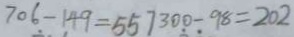
7 0 6 - 1 4 9 = 5 5 7 3 0 0 - 9 8 = 2 0 2